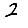
Digit: 2